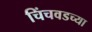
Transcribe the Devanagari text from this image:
चिंचवडच्या